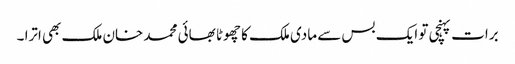
برات پہنچی تو ایک بس سے مادی ملک کا چھوٹا بھائی محمد خان ملک بھی اترا ۔